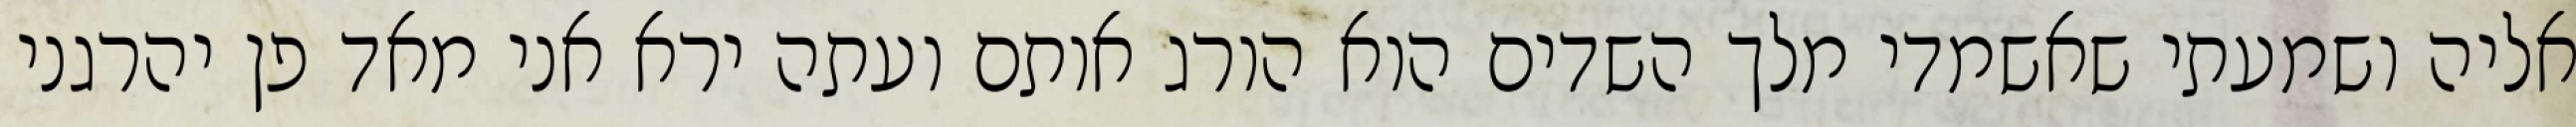
אליה ושמעתי שאשמדי מלך השדים הוא הורג אותם ועתה ירא אני מאד פן יהרגני